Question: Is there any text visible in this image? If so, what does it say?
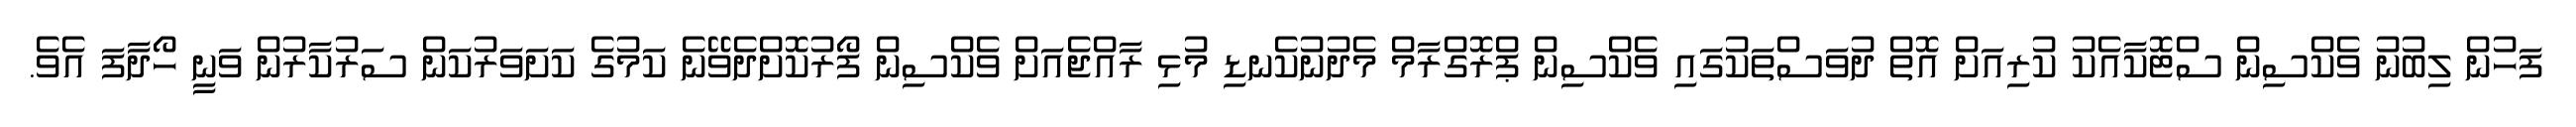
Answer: ފަހުން ލިބުނު ވެކްސިން ސްޓޮކާއެކު ކުރިއަށް އޮތް ދުވަސްތަކުގައި ވެކްސިން ޕްރޮގްރާމް މެދުނުކެނޑި މުޅި ރާއްޖެއަށް ވެކްސިން ފޯރުކޮށްދެވޭނެ ކަމުގެ ކަށަވަރުކަން ސަރުކާރުން ވަނީ ހޯދާފަ އެވެ.